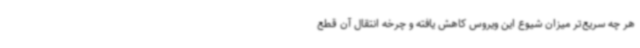
هر چه سریع‌تر میزان شیوع این ویروس کاهش یافته و چرخه انتقال آن قطع